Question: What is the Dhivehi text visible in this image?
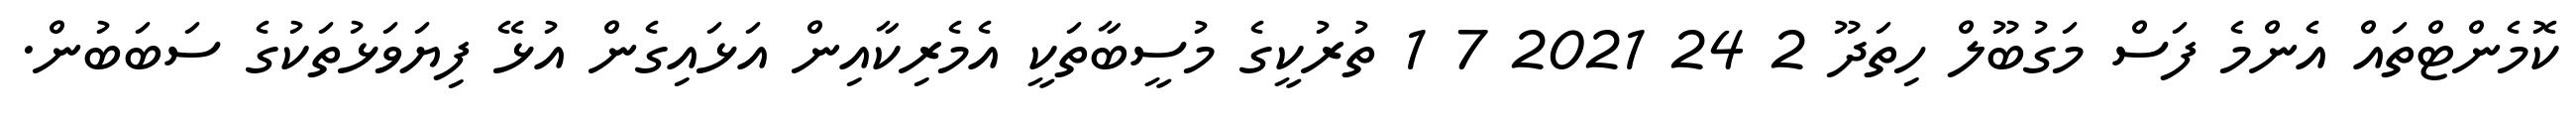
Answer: ކޮމެންޓްތައް އެންމެ ފަސް މަގުބޫލް ހިތަދޫ 2 24 2021 7 1 ތުރުކީގެ މުސީބާތަކީ އެމެރިކާއިން އަޅައިގެން އުޅޭ ފިޔަވަޅުތަކުގެ ސަބަބުން.